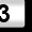
Digit: 3